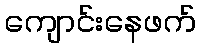
ကျောင်းနေဖက်